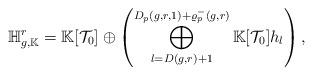
LaTeX: \begin{align*}\mathbb H^r_{g,\mathbb K}=\mathbb K[\mathcal T_0]\oplus\left( \bigoplus_{l=D(g,r)+1}^{D_p(g,r,1)+\varrho^-_{p}(g,r)} \mathbb K[\mathcal T_0]h_{l}\right),\end{align*}